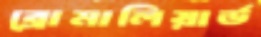
ব্রোমালিয়ার্ড